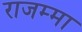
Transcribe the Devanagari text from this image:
राजम्मा